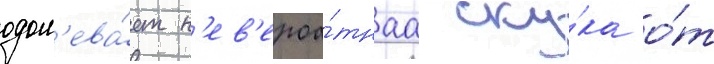
одол'ева́ет н'ев'ероа́тнаа ску́ка о́т